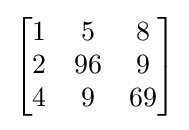
{\begin{bmatrix}1&5&8\\2&96&9\\4&9&69\end{bmatrix}}